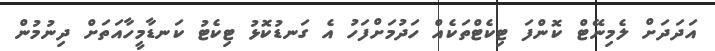
އަދަދަށް ލެމިނޭޓް ކޮންފަ ޓިކެޓްތަކެއް ހަދުމަށްފަހު އެ ގަނޑުކޮޅު ޓިކެޓު ކަނޑާމީހާއަތަށް ދިނުމުން